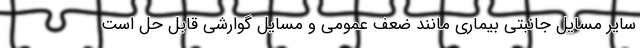
سایر مسایل جانبتی بیماری مانند ضعف عمومی و مسایل گوارشی قابل حل است